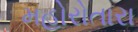
મહોરોતારા